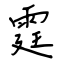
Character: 霆